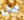
هل